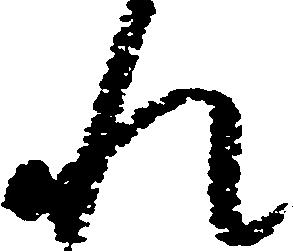
れ